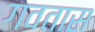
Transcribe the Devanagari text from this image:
गवतास